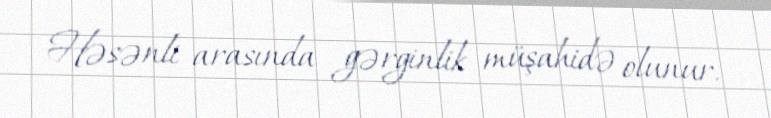
Həsənli arasında gərginlik müşahidə olunur.